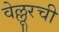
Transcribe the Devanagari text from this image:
वेल्लूरची